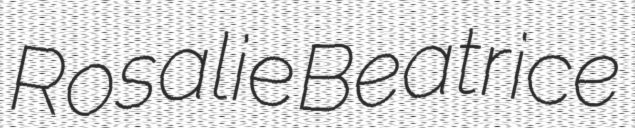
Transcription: Rosalie Beatrice